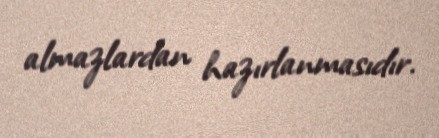
almazlardan hazırlanmasıdır.